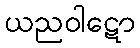
ယညဝါဋော